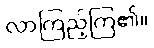
လာကြည့်ကြ၏။